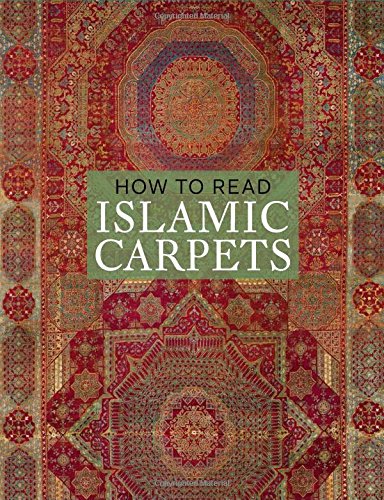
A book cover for How to Read Islamic Carpets (Metropolitan Museum of Art); Walter Denny; Crafts, Hobbies & Home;